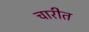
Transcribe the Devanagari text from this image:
चारीत